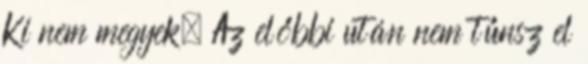
Ki nem megyek. Az előbbi után nem tűnsz el